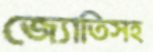
জ্যোতিসহ